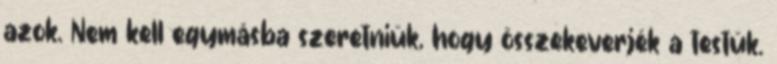
azok. Nem kell egymásba szeretniük, hogy összekeverjék a testük.